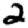
Digit: 2